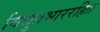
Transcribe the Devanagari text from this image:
विद्युतभाररहित